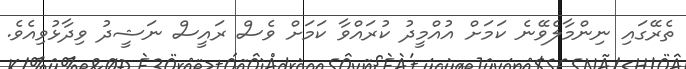
ތެރޭގައި ނިންމާލެވޭނެ ކަމަށް އުއްމީދު ކުރައްވާ ކަމަށް ވެސް ރައީސް ނަޝީދު ވިދާޅުވިއެވެ.